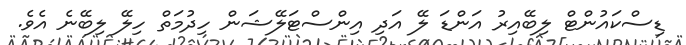
ޑިސްކައުންޓް ލިބޭއިރު އަންޑަ ލޭ އަދި އިންސްޓަލޭޝަން ހިދުމަތް ހިލޭ ލިބޭނެ އެވެ.